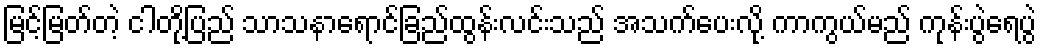
မြင့်မြတ်တဲ့ ငါတို့ပြည် သာသနာရောင်ခြည်ထွန်းလင်းသည် အသက်ပေးလို့ ကာကွယ်မည် ကုန်းပွဲရေပွဲ